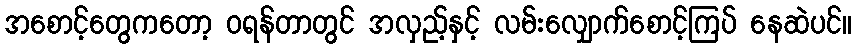
အစောင့်တွေကတော့ ဝရန်တာတွင် အလှည့်နှင့် လမ်းလျှောက်စောင့်ကြပ် နေဆဲပင်။